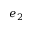
e _ { 2 }